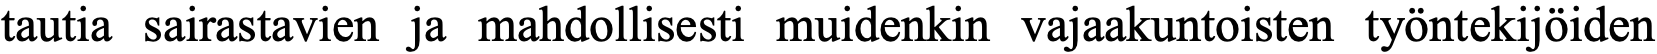
tautia sairastavien ja mahdollisesti muidenkin vajaakuntoisten työntekijöiden